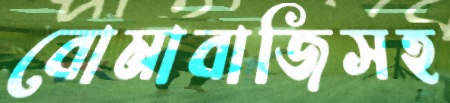
বোমাবাজিসহ